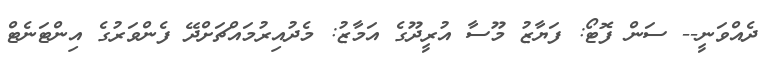
ދެއްވަނީ-- ސަން ފޮޓޯ: ފަޔާޒު މޫސާ އުރީދޫގެ އަމާޒު: މެދުއިރުމައްޗަށްދޭ ފެންވަރުގެ އިންޓަނެޓް